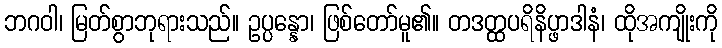
ဘဂဝါ၊ မြတ်စွာဘုရားသည်။ ဥပ္ပန္နော၊ ဖြစ်တော်မူ၏။ တဒတ္ထပရိနိပ္ဖာဒါနံ၊ ထိုအကျိုးကို